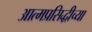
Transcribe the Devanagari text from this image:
आत्मप्रसिद्धीच्या